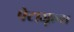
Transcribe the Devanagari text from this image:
पेटाजूल्स